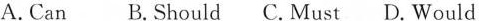
A.Can B.Should C.Must D.Would